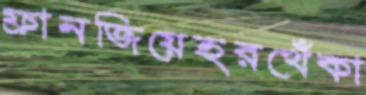
ফ্রানজিয়েহরখেঁকা